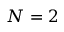
N = 2